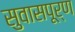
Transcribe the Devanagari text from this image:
सुवासपूर्ण